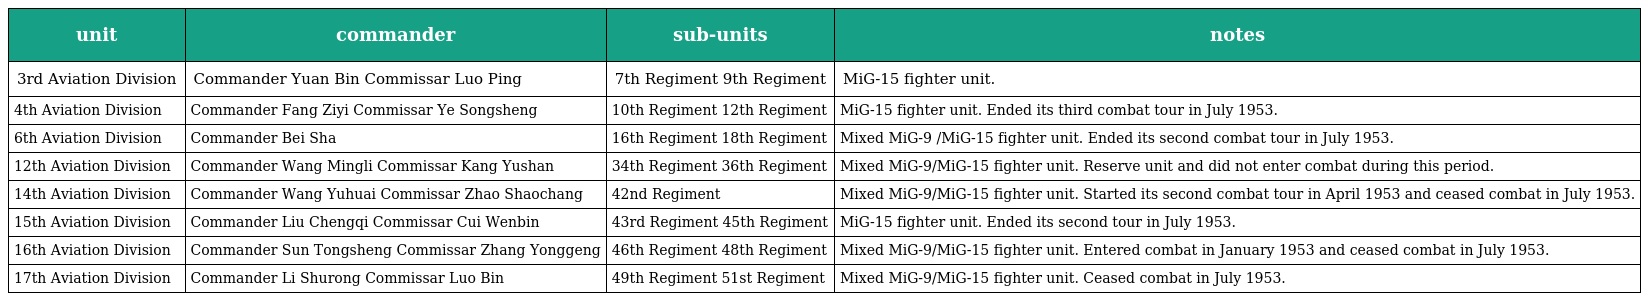
| unit | commander | sub-units | notes |
 | --- | --- | --- | --- |
 | 3rd Aviation Division | Commander Yuan Bin Commissar Luo Ping | 7th Regiment 9th Regiment | MiG-15 fighter unit. |
 | 4th Aviation Division | Commander Fang Ziyi Commissar Ye Songsheng | 10th Regiment 12th Regiment | MiG-15 fighter unit. Ended its third combat tour in July 1953. |
 | 6th Aviation Division | Commander Bei Sha | 16th Regiment 18th Regiment | Mixed MiG-9 /MiG-15 fighter unit. Ended its second combat tour in July 1953. |
 | 12th Aviation Division | Commander Wang Mingli Commissar Kang Yushan | 34th Regiment 36th Regiment | Mixed MiG-9/MiG-15 fighter unit. Reserve unit and did not enter combat during this period. |
 | 14th Aviation Division | Commander Wang Yuhuai Commissar Zhao Shaochang | 42nd Regiment | Mixed MiG-9/MiG-15 fighter unit. Started its second combat tour in April 1953 and ceased combat in July 1953. |
 | 15th Aviation Division | Commander Liu Chengqi Commissar Cui Wenbin | 43rd Regiment 45th Regiment | MiG-15 fighter unit. Ended its second tour in July 1953. |
 | 16th Aviation Division | Commander Sun Tongsheng Commissar Zhang Yonggeng | 46th Regiment 48th Regiment | Mixed MiG-9/MiG-15 fighter unit. Entered combat in January 1953 and ceased combat in July 1953. |
 | 17th Aviation Division | Commander Li Shurong Commissar Luo Bin | 49th Regiment 51st Regiment | Mixed MiG-9/MiG-15 fighter unit. Ceased combat in July 1953. |